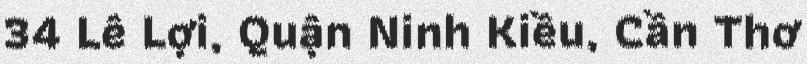
34 Lê Lợi, Quận Ninh Kiều, Cần Thơ